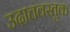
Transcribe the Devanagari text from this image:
उदात्तवस्तुक